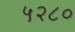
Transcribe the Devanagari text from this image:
५२८०